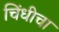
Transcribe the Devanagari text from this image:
चिंधीचा